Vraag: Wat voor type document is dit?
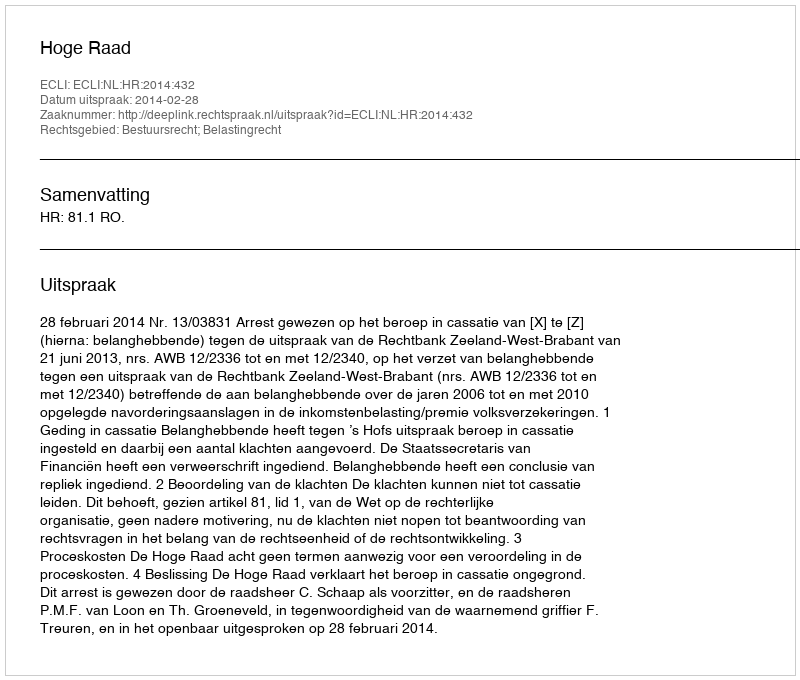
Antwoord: Uitspraak